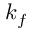
k _ { f }